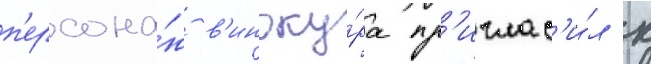
п'ерсона́ж в'иноку́ра пр'иглас'и́л к